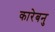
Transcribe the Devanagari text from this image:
कारेबनु